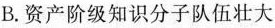
B.资产阶级知识分子队伍壮大